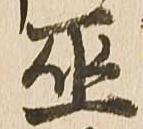
巫